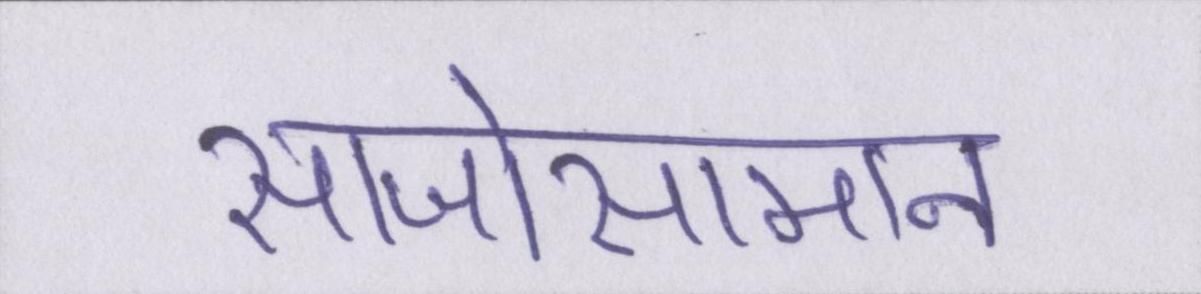
साजोसामान